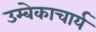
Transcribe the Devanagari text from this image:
उम्बेकाचार्य